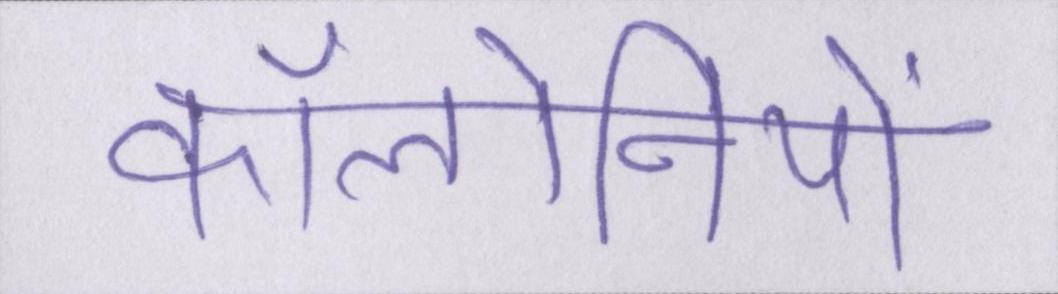
कॉलोनियों